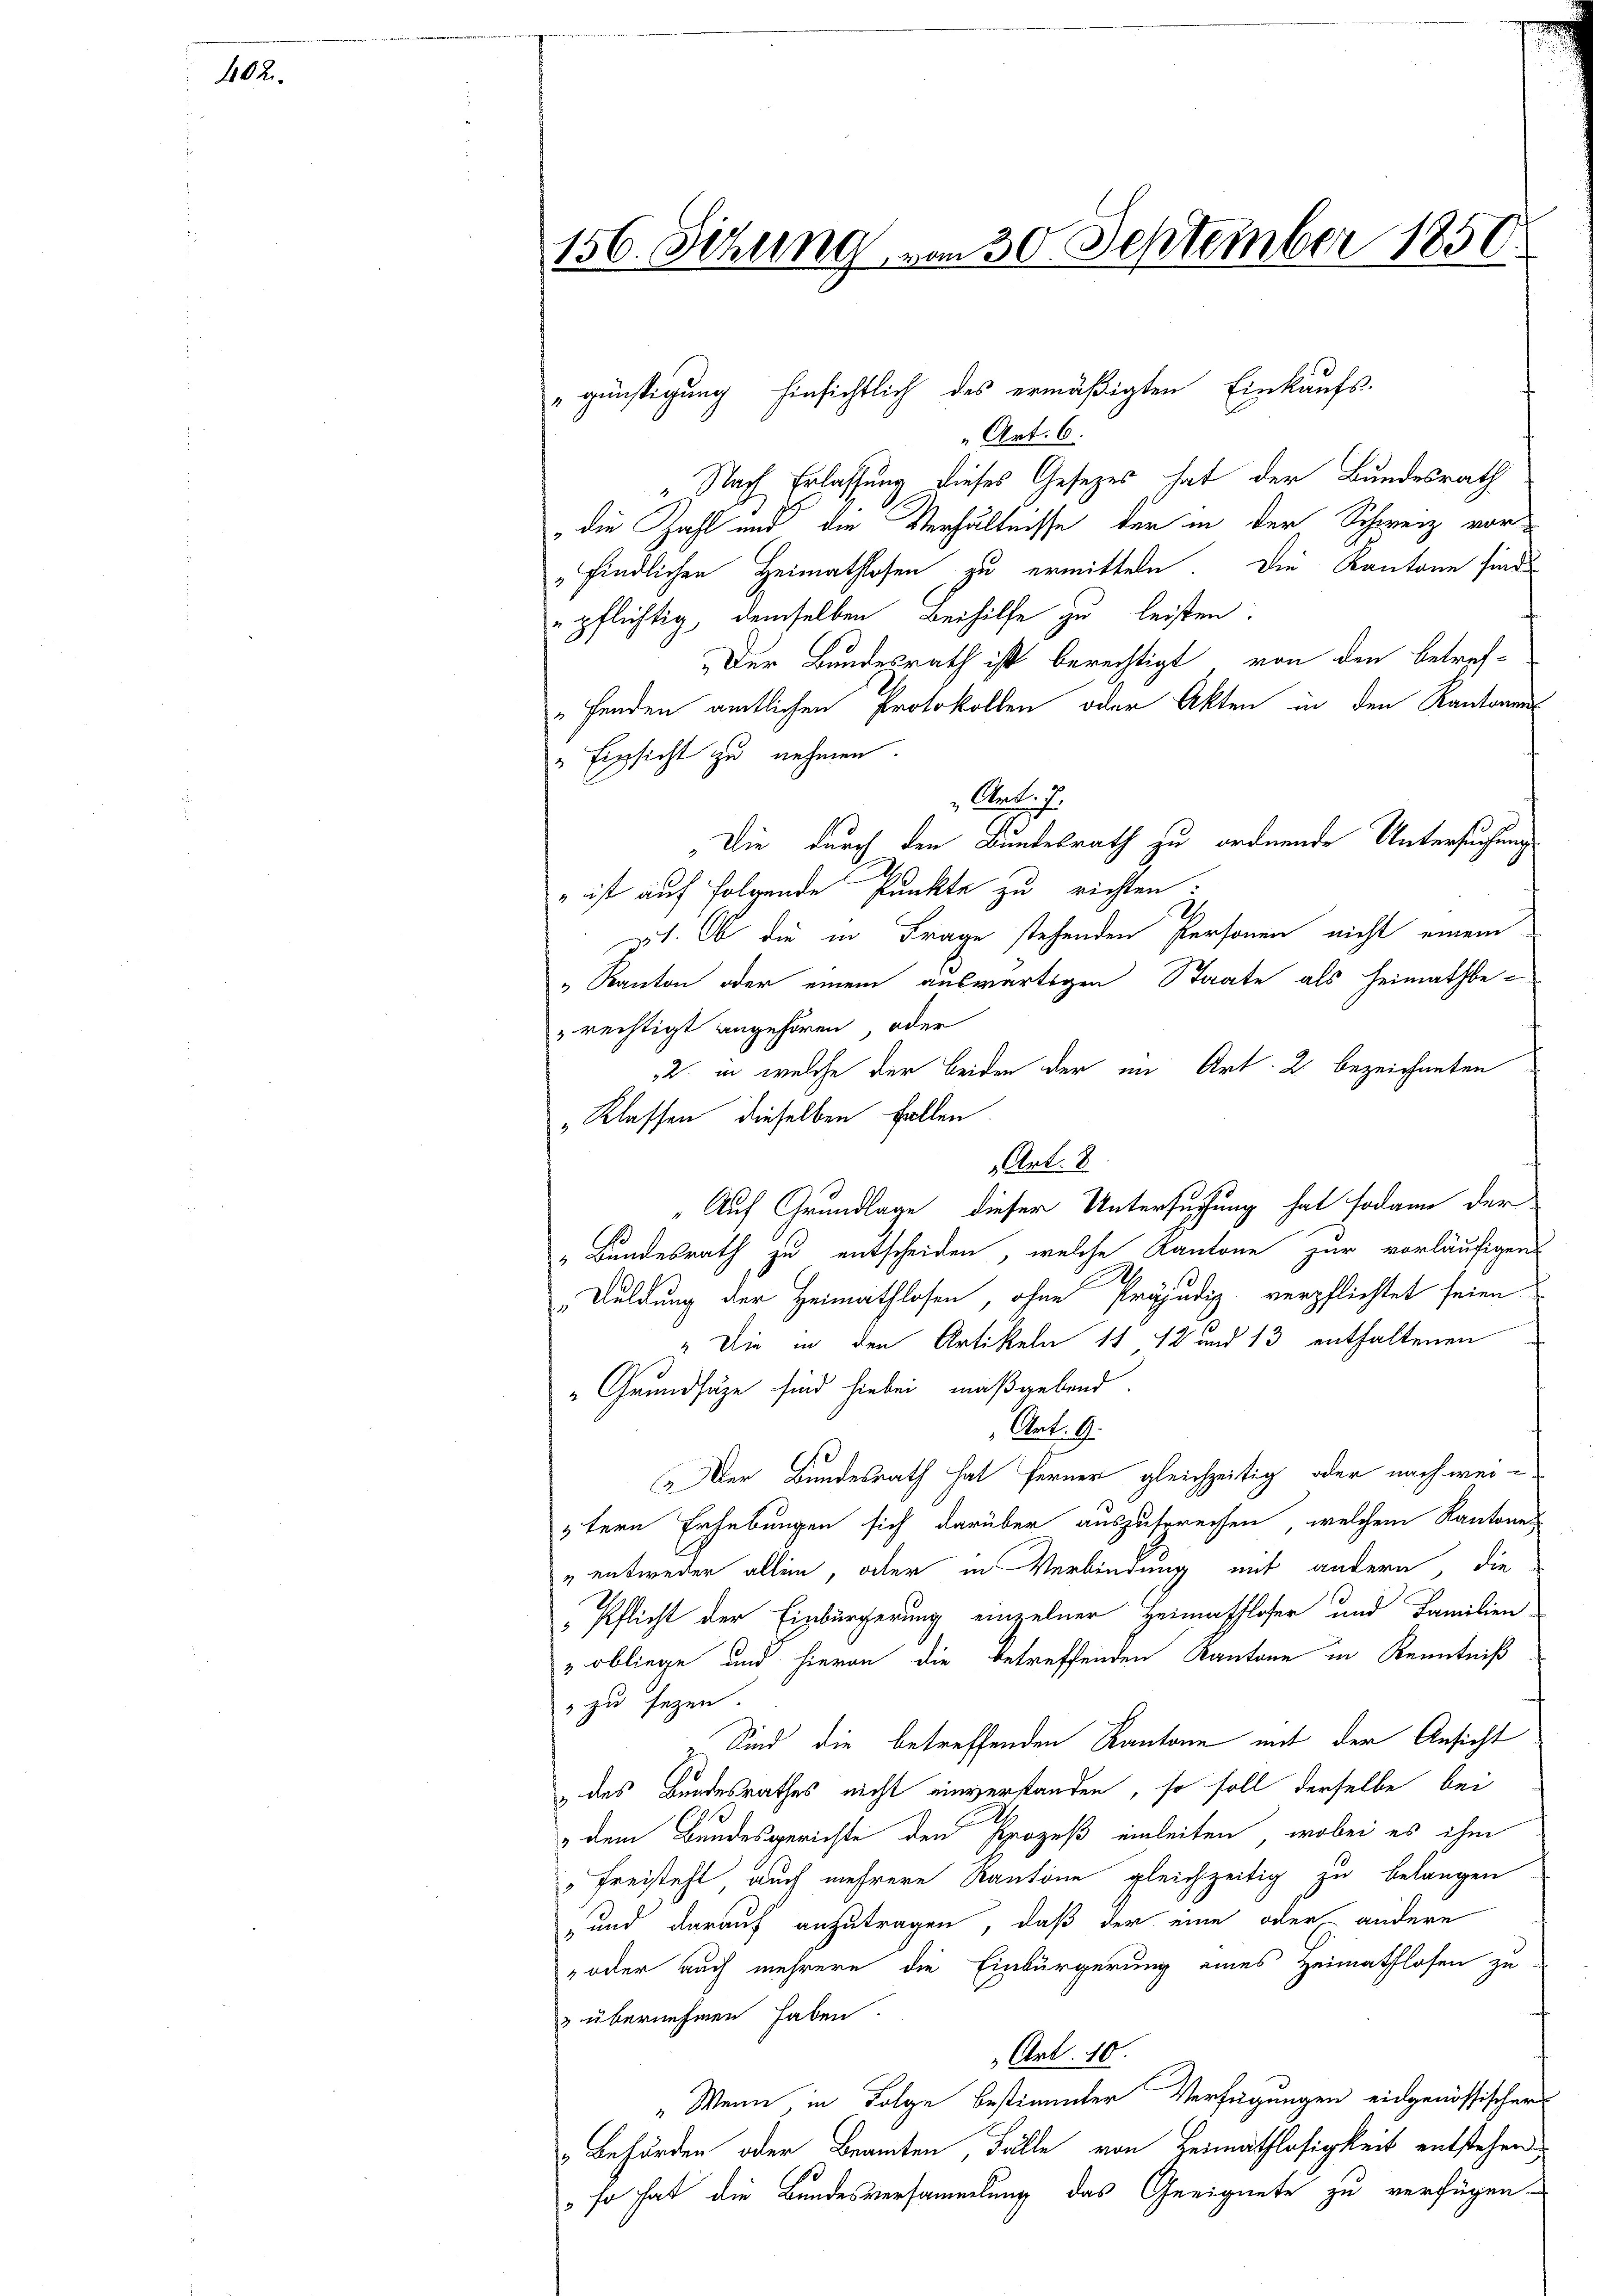
402.

156. Sitzung vom 30. September 1850.

"günstigung hinsichtlich des ermäßigten Einkaufs-

Art. 6.
"Nach Erlassung dieses Gesetzes hat der Bundesrath
die Zahl und die Verhältnisse der in der Schweiz vor
findlichen Heimathlosen zu ermitteln. Die Kantone sind
pflichtig, demselben Beihilfe zu leisten:
Der Bundesrath ist berechtigt von den betref-
Fenden amtlichen Protokollen oder Akten in den Kantonen
" Einsicht zu nehmen.
Auch
„Die durch den Bundesrath zu ordnende Untersuchung
" ist auf folgende Punkte zu richten:
21. Ob die in Frage stehenden Personen nicht einem
„Kanton oder einem auswärtigen Staate als Heimathbe-
rechtigt angehören, oder
2. in welche der beiden der im Art. 2. bezeichneten
„Klassen dieselben Fallen
Art. 8.
„Auf Grundlage dieser Untersuchung hat sodann der
„Bundesrath zu entscheiden, welche Kantone zur vorläufigen
Duldung der Heimathlosen, ohne Präjudiz verpflichtet seien
" Die in den Artikeln 11 12 und 13 enthaltenen
"Grundsätze sind hiebei maßgebend.
Art. 9.
Der Bundesrath hat ferner gleichzeitig oder nach wei-
3tern Erhebungen sich darüber auszuspreisen, welchem Kantones
" entweder allein, oder in Verbindung mit andern, die
Pflicht der Einbürgerung einzelner Heimathloser und Familien
„obliege und hievon die betreffenden Kantone in Kenntniß
 zu sezen.
 Sind die betreffenden Kantone mit der Ansicht
des Bundesrathes nicht einverstanden, so soll derselbe bei
dem Bundesgerichte den Prozeß einleiten, wobei es ihm
"Freisteht auch mehrere Kantone gleichzeitig zu belangen
und darauf anzutragen, daß der eine oder andere
 oder auch mehrere die Einbürgerung eines Heimathlosen zu
& übernehmen haben.
„Art. 10.
"Wenn, in Folge bestimmter Verfügungen eidgenössischer
 Behörden oder Beamten, Fälle von Heimathlosigkeit entstehen,
so hat die Bundesversammlung das Geeignete zu verfügen.